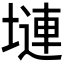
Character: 𪤎